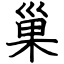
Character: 巢